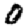
Digit: 0